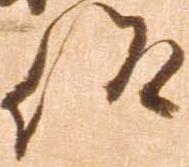
仰